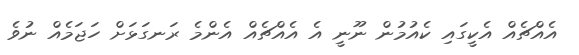
އެއްޗެއް އެކީގައި ކެއުމުން ނޫނީ އެ އެއްޗެއް އެންމެ ރަނގަޅަށް ހަޖަމެއް ނުވެ